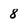
Character: 8